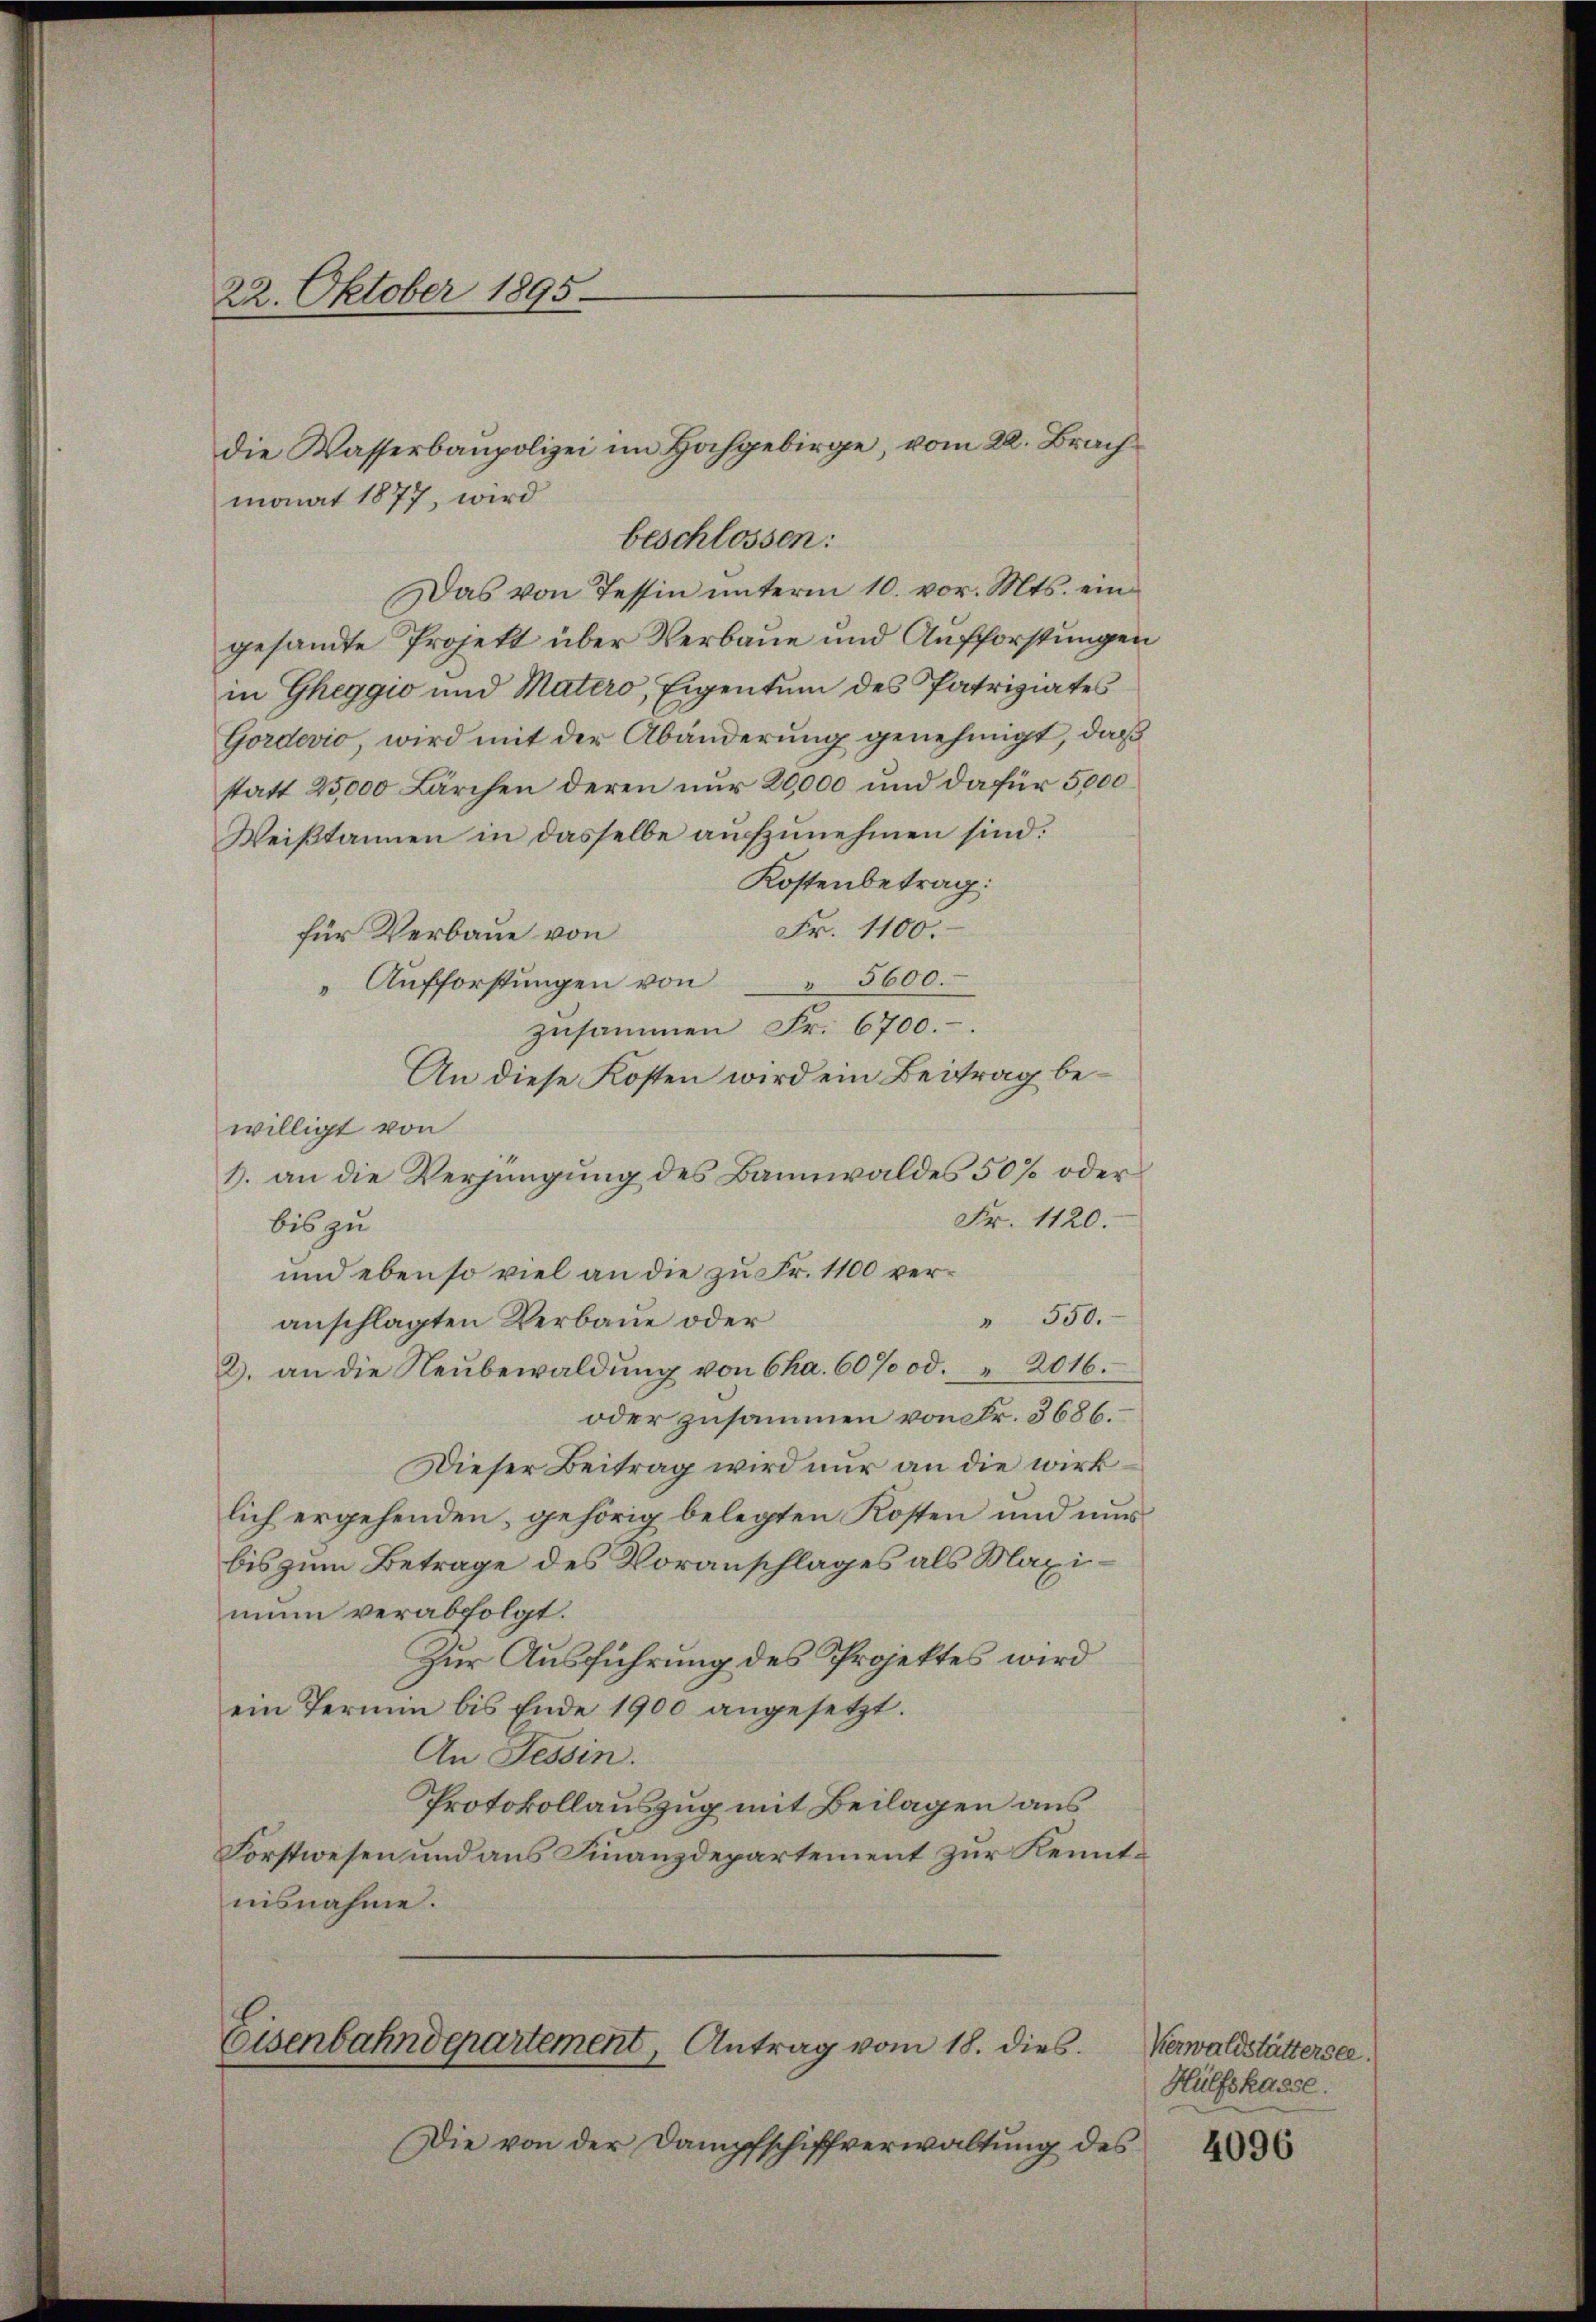
22. Oktober 1895.

beschlossen:
Das von Tessin ŭnterm 10. vor. Mts. ein
gesandte Projekt über Verbaue und Aufforstungen
in Gheggio und Matero, Eigentum des Patriziates
Gordevio, wird mit der Abänderung genehmigt, daß
statt 25,000 Lärchen deren nur 20,000 und dafür 5000
Weißtannen in dasselbe aufzunehmen sind.
Kostenbetrag:
Fr. 1100.
für Verbaue von
Aŭfforstŭngen von " 5600.
zusammen Fr. 6700.
An diese Kosten wird ein Beitrag bewilligt von
1. an die Verjüngung des Bannwaldes 50% oder
Fr. 1120.
bis zu
und ebenso viel an die zu Fr. 1100 ver¬
" 550.
anschlagten Verbaue oder
2. an die Neŭbewaldŭng von Cha. 60% od. " 2016.
oder zusammen von Fr. 3686.
Dieser Beitrag wird nur an die wirk
lich ergehenden, gehörig belegten Kosten und mu
bis zum Betrage des Voranschlages als Maximun verabfolgt.
Zur Ausführung des Projektes wird
ein Termin bis Ende 1900 angesetzt.
An Tessin.
Protokollauszug mit Beilagen aus
Forstwesen und aus Finanzdepartement zur Kenntnisnahme.

monat 1877, wird

die Wasserbaupolizei im Hochgebirge, vom 22. Brach¬

Eisenbahndepartement, Antrag vom 18. dies

Die von der Dampfschiffverwaltung des

Verwaldstättersee.
Hülfskasse.

4096